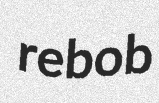
rebob